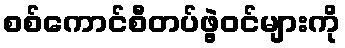
စစ်ကောင်စီတပ်ဖွဲ့ဝင်များကို